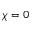
\chi = 0